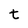
Character: t